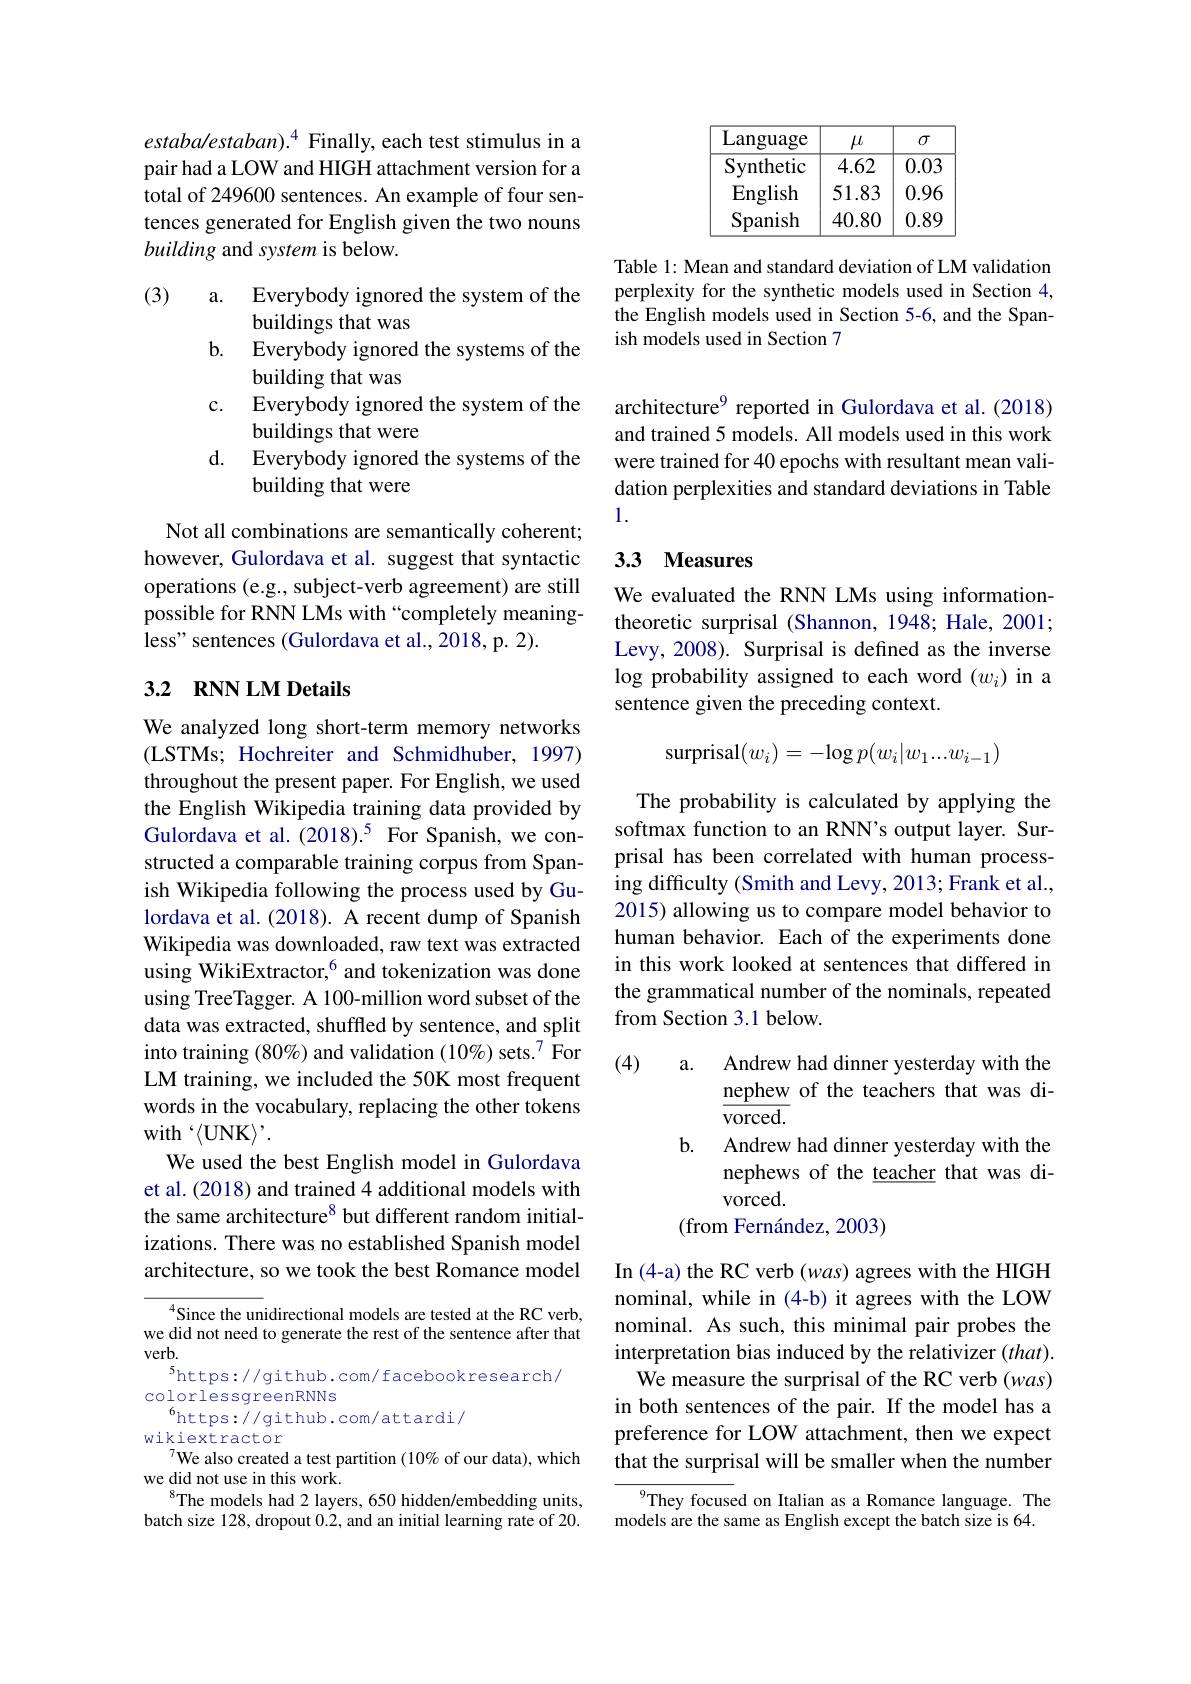
$estabalestaban).^4 Finally, each test stimulus in a$ pair had a LOW and HIGH attachment version for a total of 249600 sentences. An example of four sentences generated for English given the two nouns building and system is below.

(3)

Not all combinations are semantically coherent; however, Gulordava et al. suggest that syntactic operations (e.g., subject-verb agreement) are still possible for RNN LMs with “completely meaningless" sentences (Gulordava et al., 2018, p. 2).

## 3.2 RNN LM Details

We analyzed long short-term memory networks (LSTMs; Hochreiter and Schmidhuber, 1997) throughout the present paper. For English, we used the English Wikipedia training data provided by Gulordava et al.(2018).5 For Spanish, we constructed a comparable training corpus from Spanish Wikipedia following the process used by Gulordava et al. (2018). A recent dump of Spanish Wikipedia was downloaded, raw text was extracted using WikiExtractor,$^{6}$ and tokenization was done using TreeTagger. A 100-million word subset of the data was extracted, shuffled by sentence, and split into training (80%) and validation (10%) sets.$^{7}$ For LM training, we included the 50K most frequent words in the vocabulary, replacing the other tokens $with‘\langle UNK\rangle’.$
We used the best English model in Gulordava et al. (2018) and trained 4 additional models with the same architecture$^{8}$ but different random initializations. There was no established Spanish model architecture, so we took the best Romance model

Since the unidirectional models are tested at the RC verb, we did not need to generate the rest of the sentence after that $verb.$
$^{5}$https://github.com/facebookresearch/
colorlessgreenRNNs
$^{6}$https://github.com/attardi/
wikiextractor
$^{7}$We also created a test partition (10% of our data), which
we did not use in this work.
$^{8}$The models had 2 layers, 650 hidden/embedding units, batch size 128, dropout 0.2, and an initial learning rate of 20.

<table>
	<tbody>
		<tr>
			<th>Language</th>
			<th>$\mu$</th>
			<th>$\sigma$</th>
		</tr>
		<tr>
			<td>$S$ ${\mathrm{ynthetic}}$ 1</td>
			<td>4.62</td>
			<td>0.03</td>
		</tr>
		<tr>
			<td>English</td>
			<td>51.83</td>
			<td>$0.9\epsilon$</td>
		</tr>
		<tr>
			<td>Spanish</td>
			<td>40.80</td>
			<td>0.8Ç</td>
		</tr>
	</tbody>
</table>

Table 1: Mean and standard deviation of LM validation perplexity for the synthetic models used in Section 4, the English models used in Section 5-6, and the Spanish models used in Section 7

architecture$^{9}$ reported in Gulordava et al.(2018) and trained 5 models. All models used in this work were trained for 40 epochs with resultant mean validation perplexities and standard deviations in Table 1.

# 3.3 Measures

We evaluated the RNN LMs using informationtheoretic surprisal (Shannon, 1948; Hale, 2001; Levy, 2008). Surprisal is defined as the inverse log probability assigned to each word $(w_i)$ in a sentence given the preceding context.
$$\mathrm{surprisal}(w_i)=-\log p(w_i|w_1...w_{i-1})$$
The probability is calculated by applying the softmax function to an RNN's output layer. Surprisal has been correlated with human processing difficulty (Smith and Levy, 2013; Frank et al., 2015) allowing us to compare model behavior to human behavior. Each of the experiments done in this work looked at sentences that differed in the grammatical number of the nominals, repeated from Section 3.1 below.

(4)
a. Andrew had dinner yesterday with the
nephew of the teachers that was di-
$\overline{\mathrm{vorced.}}$
b. Andrew had dinner yesterday with the
nephews of the teacher that was di-
vorced.
(from Fernández, 2003)

In (4-a) the RC verb (was) agrees with the HIGH nominal, while in (4-b) it agrees with the LOW nominal. As such, this minimal pair probes the interpretation bias induced by the relativizer $(that).$ We measure the surprisal of the RC verb (was) in both sentences of the pair. If the model has a preference for LOW attachment, then we expect that the surprisal will be smaller when the number

$^{9}$They focused on Italian as a Romance language. The models are the same as English except the batch size is 64.